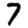
Digit: 7